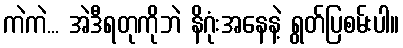
ကဲကဲ... အဲဒီရတုကိုဘဲ နိဂုံးအနေနဲ့ ရွတ်ပြစမ်းပါ။